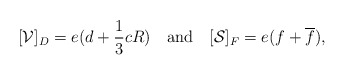
\begin{align*}[{\cal V}]_{D} = e(d+{1 \over 3} cR) ~~\hbox{ and }~~[{\cal S}]_{F} = e(f+\overline f),\end{align*}